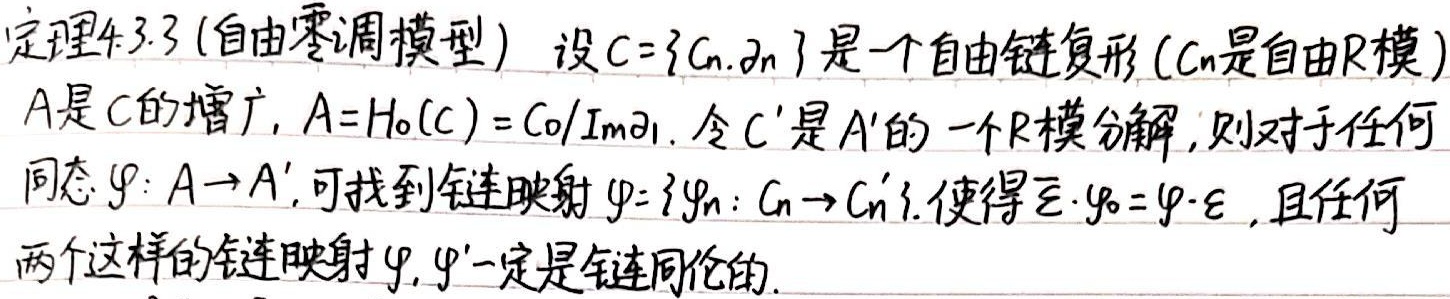
定理4.3.3 (自由零调模型) 设$C = \{C_n, \partial_n\}$是一个自由链复形（$C_n$是自由$R$模），$A$是$C$的增广，$A = H_0(C)=C_0/\mathrm{Im}\partial_1$。

令$C'$是$A'$的一个$R$模分解，则对于任何同态$\varphi:A\rightarrow A'$，可找到链映射$\varPhi = \{\varphi_n:C_n\rightarrow C_n'\}$，使得$\overline{\varepsilon}\cdot\varphi_0=\varphi\cdot\varepsilon$，且任何两个这样的链映射$\varPhi,\varPhi'$一定是链同伦的。